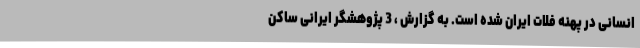
انسانی در پهنه فلات ایران شده است. به گزارش ، 3 پژوهشگر ایرانی ساکن